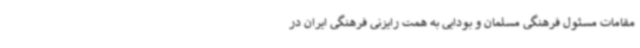
مقامات مسئول فرهنگی مسلمان و بودایی به همت رایزنی فرهنگی ایران در